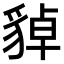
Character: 𧳝